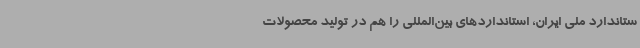
ستاندارد ملی ایران، استانداردهای بین‌المللی را هم در تولید محصولات